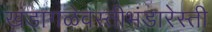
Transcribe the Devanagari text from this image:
खंडागळेवस्तीभंडारेस्ती